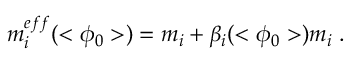
m _ { i } ^ { e f f } ( < \phi _ { 0 } > ) = m _ { i } + \beta _ { i } ( < \phi _ { 0 } > ) m _ { i } \; .